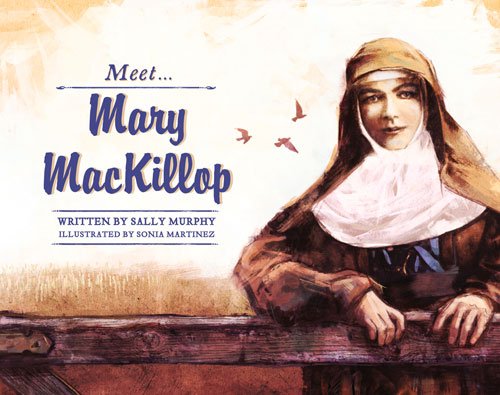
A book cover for Meet Mary MacKillop; Sally Murphy; Children's Books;